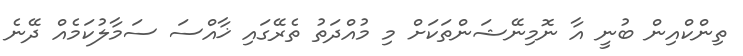
ތިންކްއިން ބުނީ އާ ނޮމިނޭޝަންތަކަށް މި މުއްދަތު ތެރޭގައި ޚާއްސަ ސަމާލުކަމެއް ދޭނެ